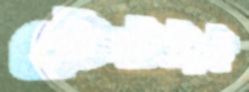
টেস্টটাই